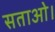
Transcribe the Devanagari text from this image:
सताओ।